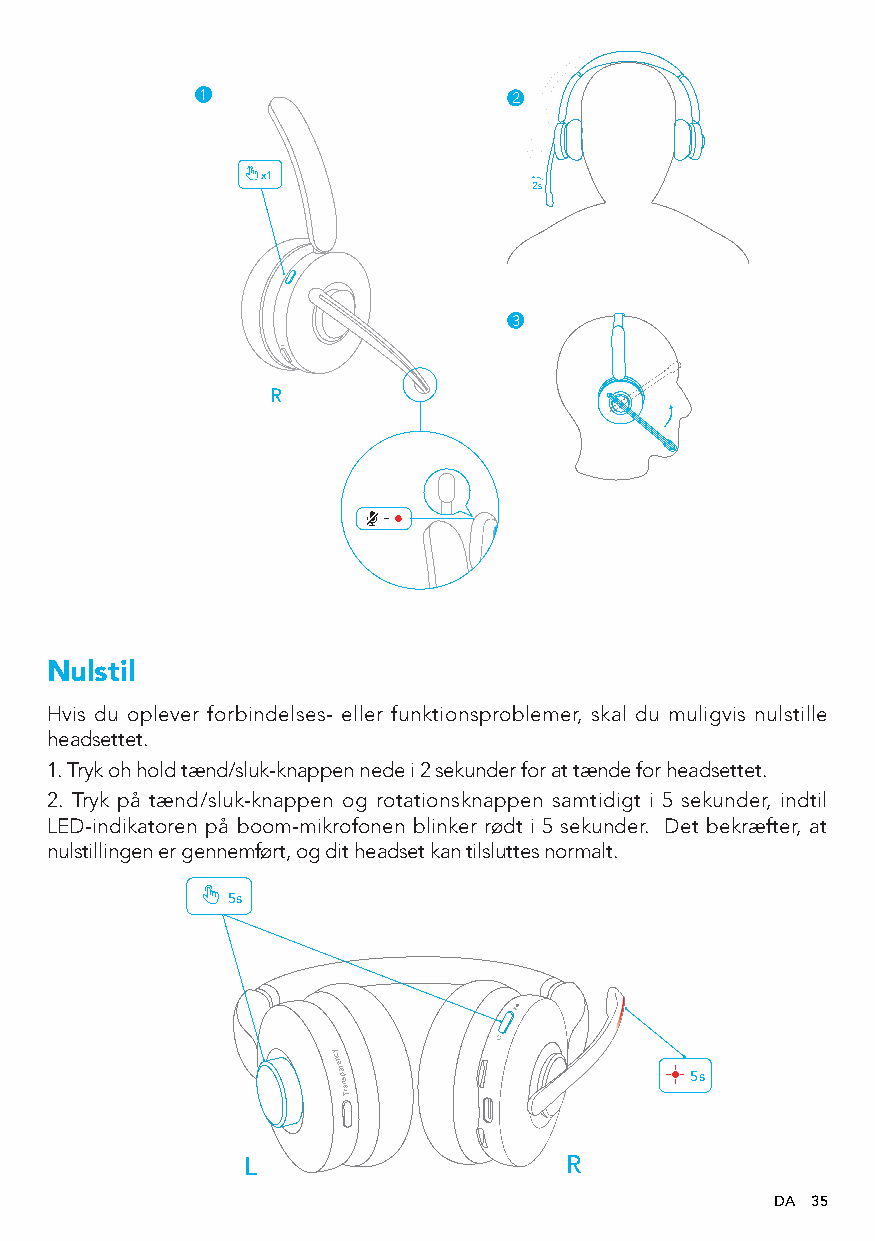
1                    2
 x1
 2s
 3
 R
 Nulstil
 Hvis du oplever forbindelses- eller funktionsproblemer, skal du muligvis nulstille
 headsettet.
 1. Tryk oh hold tænd/sluk-knappen nede i 2 sekunder for at tænde for headsettet.
 2. Tryk på tænd/sluk-knappen og rotationsknappen samtidigt i 5 sekunder, indtil
 LED-indikatoren på boom-mikrofonen blinker rødt i 5 sekunder. Det bekræfter, at
 nulstillingen er gennemført, og dit headset kan tilsluttes normalt.
 5s
 ycnerapsnarT
 5s
 L                    R
 DA 35